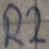
Text: R2